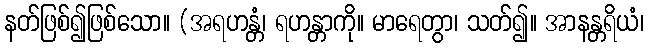
နတ်ဖြစ်၍ဖြစ်သော။ (အရဟန္တံ၊ ရဟန္တာကို။ မာရေတွာ၊ သတ်၍။ အာနန္တရိယံ၊